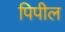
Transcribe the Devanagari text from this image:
पिपील